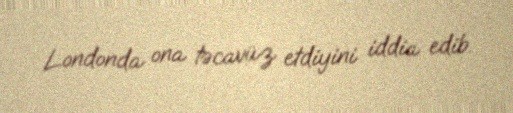
Londonda ona təcavüz etdiyini iddia edib.